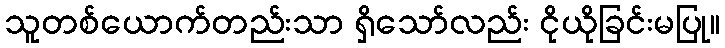
သူတစ်ယောက်တည်းသာ ရှိသော်လည်း ငိုယိုခြင်းမပြု။